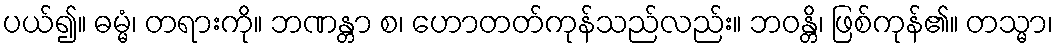
ပယ်၍။ ဓမ္မံ၊ တရားကို။ ဘဏန္တာ စ၊ ဟောတတ်ကုန်သည်လည်း။ ဘဝန္တိ၊ ဖြစ်ကုန်၏။ တသ္မာ၊